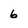
Character: 6